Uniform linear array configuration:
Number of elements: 24
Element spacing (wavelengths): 1
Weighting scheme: cosine
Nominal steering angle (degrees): -30
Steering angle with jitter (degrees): -31.995
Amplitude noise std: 0.05
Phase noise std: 0.05

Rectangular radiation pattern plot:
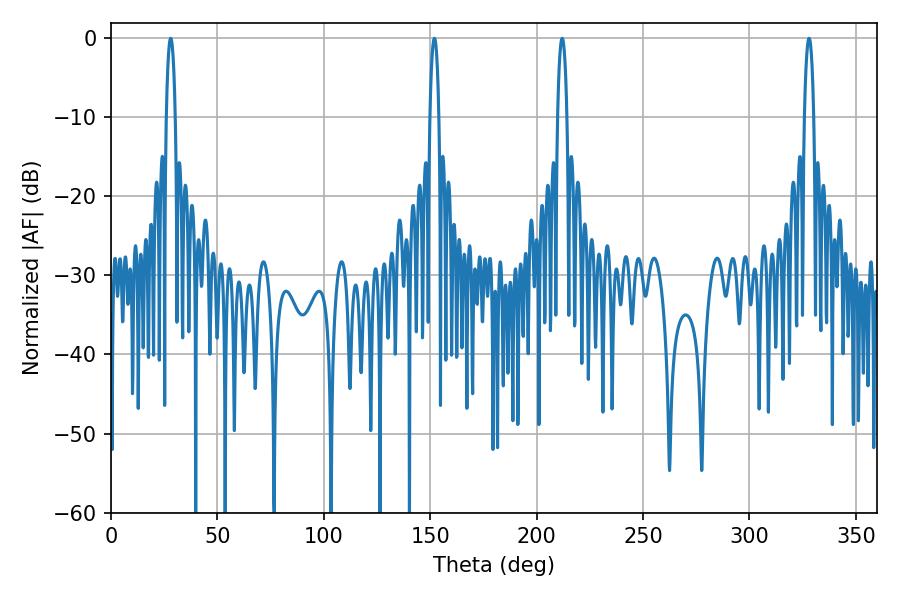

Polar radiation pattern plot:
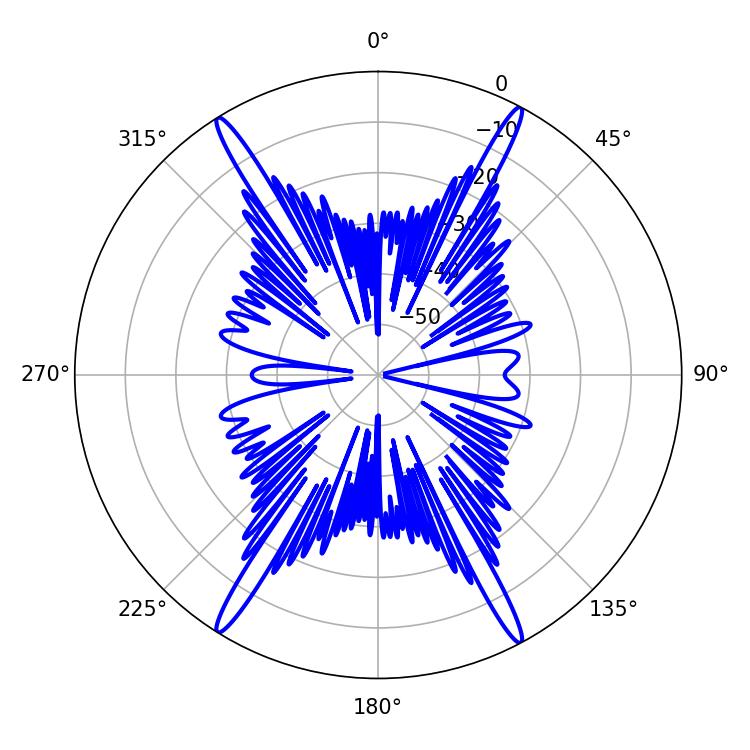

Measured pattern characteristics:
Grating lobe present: TRUE
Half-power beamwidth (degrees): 2.34
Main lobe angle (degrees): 28.08